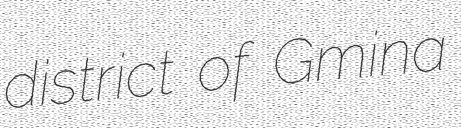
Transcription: district of Gmina